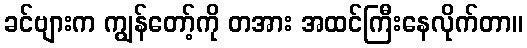
ခင်ဗျားက ကျွန်တော့်ကို တအား အထင်ကြီးနေလိုက်တာ။